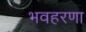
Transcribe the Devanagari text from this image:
भवहरणा